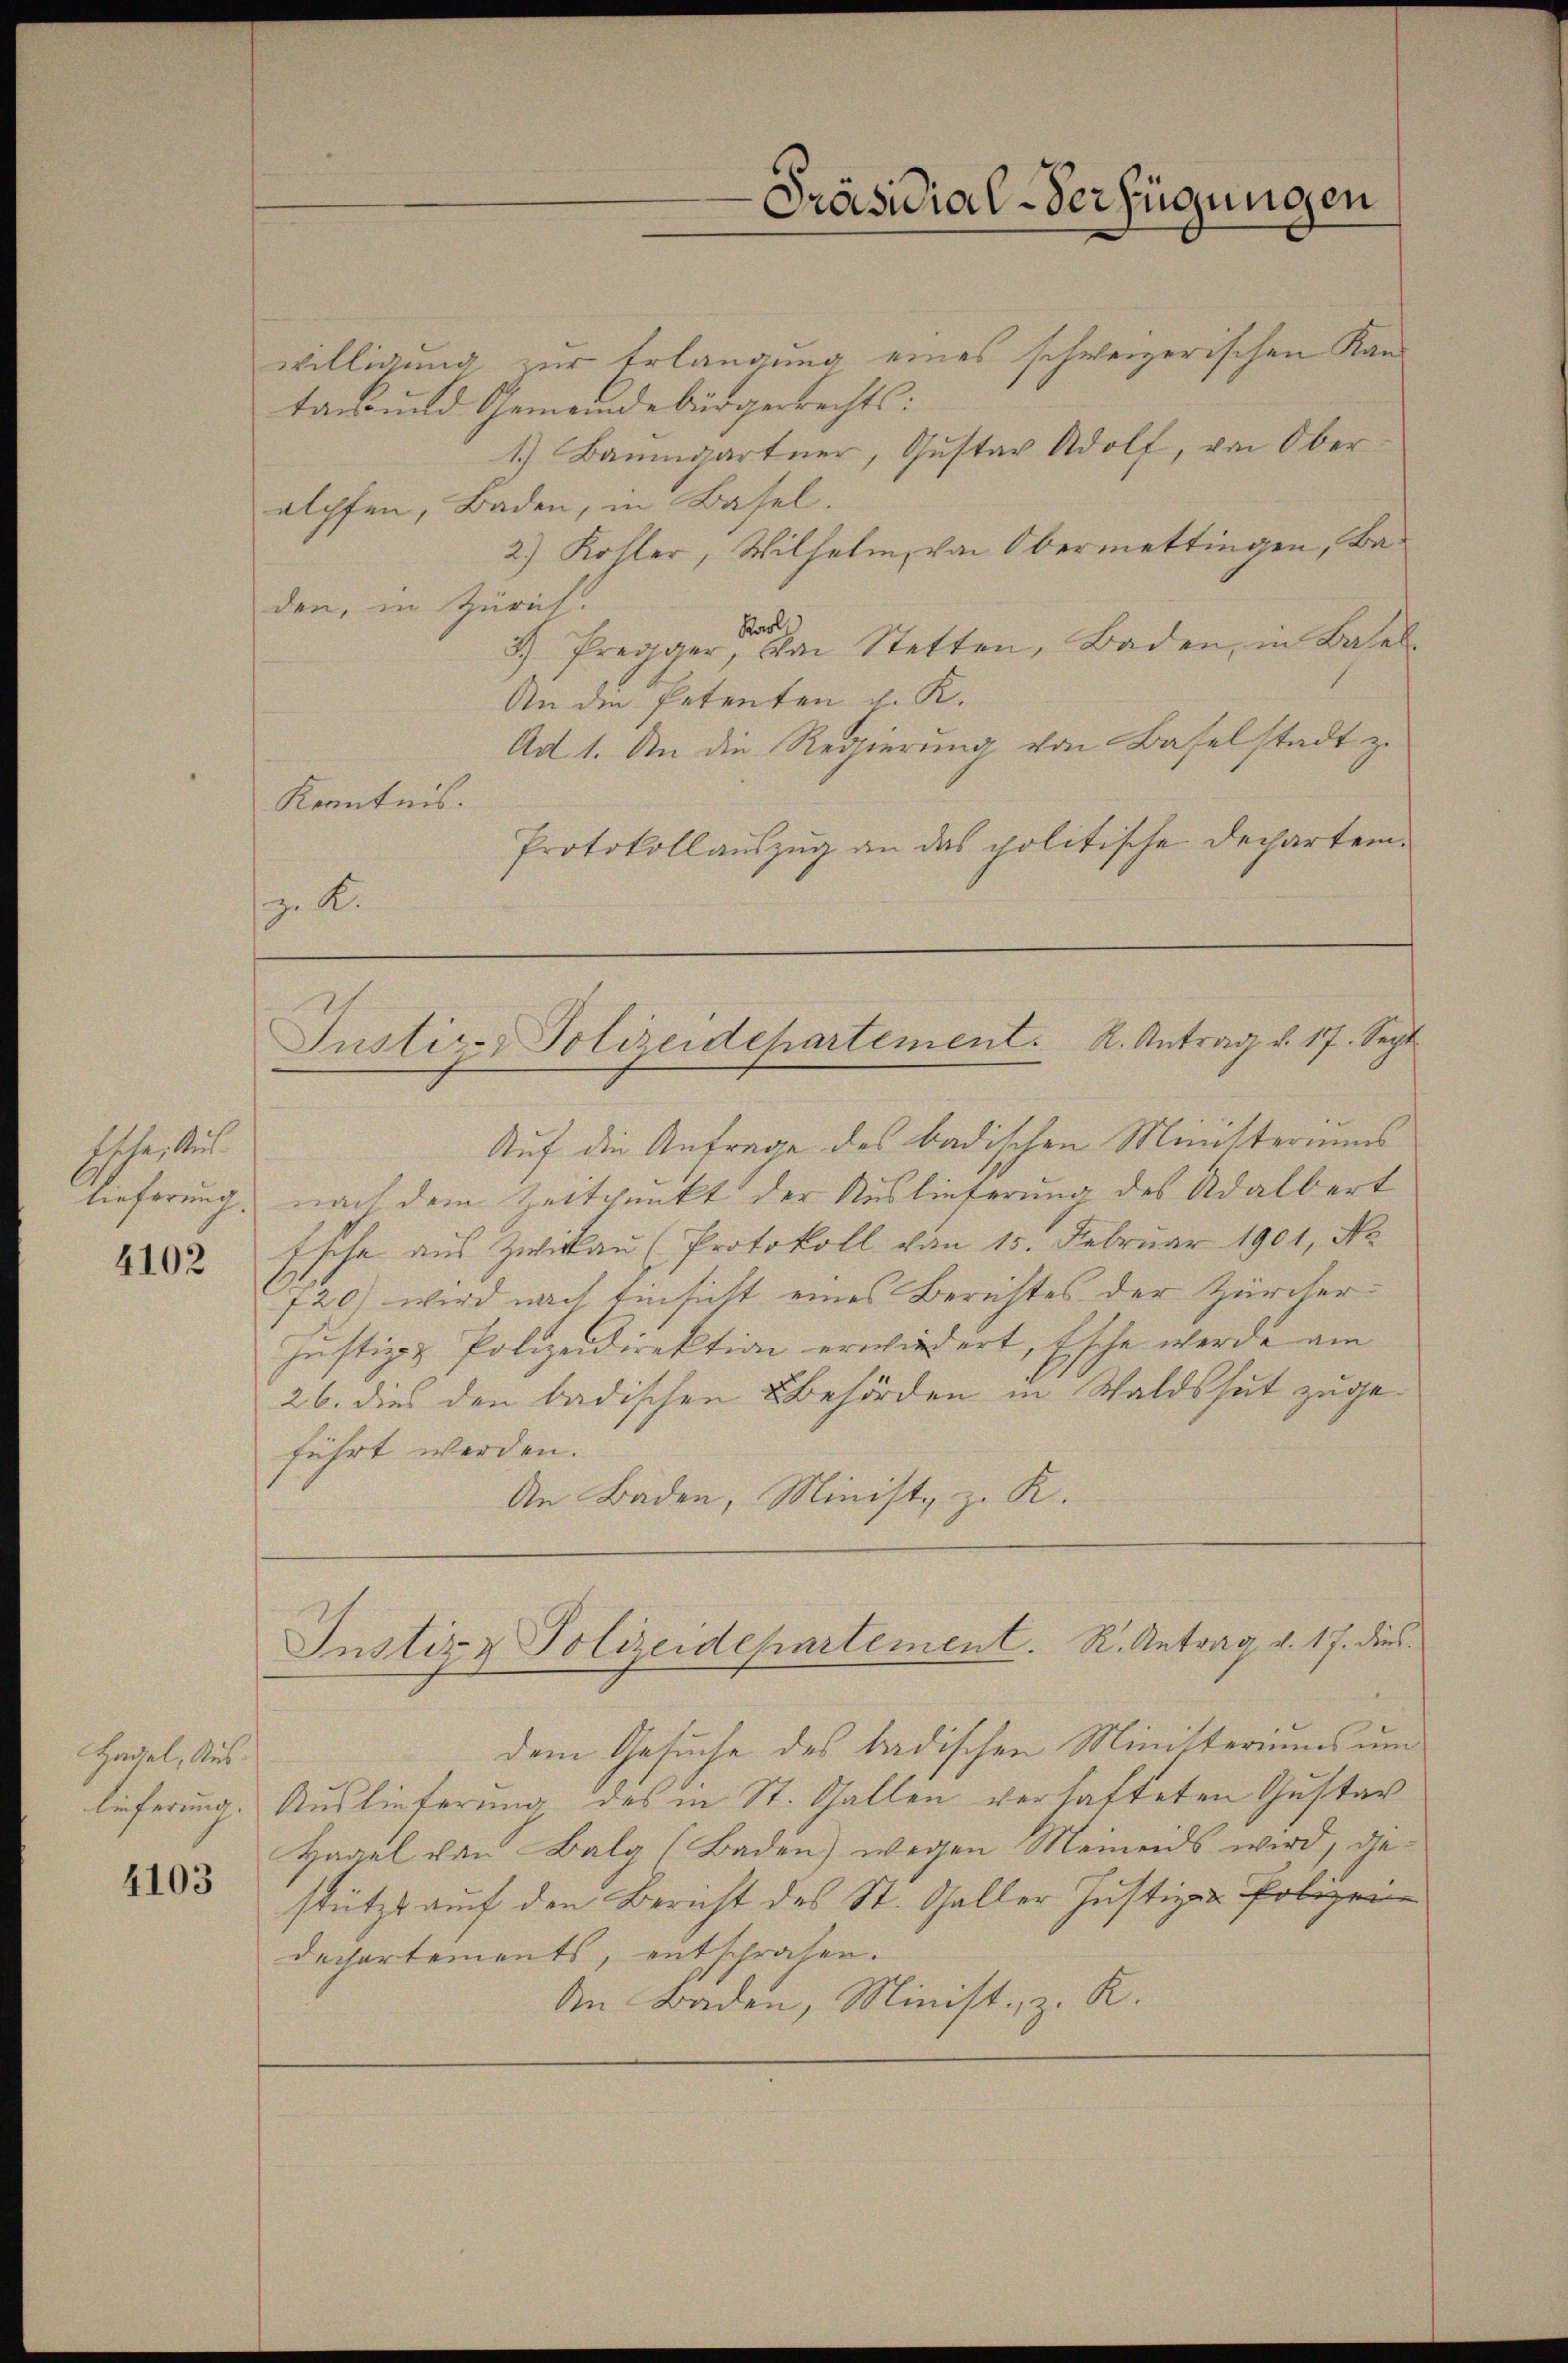
tete, Aus¬
Referung.

4102

Hadel, Aus¬

4103

willigung zur Erlangung eines schweizerischen Kantans und Gemeindebürgerrechts:
1.) Baumgartner, Gustav Adolf, von Ober
elpfen, Baden, in Basel.
2) Kohler, Wilhelm, von Obermettingen, Baden, in Zürich.
Karl
 Pregger, von Stetten, Baden, in Basel
An die Petenten d. K.
Ad 1. An die Regierung von Baselstadt zu
Kenntnis.
Protokollauszug an das politische Dechartem¬
 K.
Justiz- Polizeidepartement. R. Antrag v. 17. Sept.
Auf die Antrage des badischen Ministeriums
nach dem Zeitpunkt der Auslieferung des Adalbert
Esche aus Zwikau (Protokoll von 15. Februar 1901, No
720) wird nach Einsicht eines Berichtes der Zürcher¬
Justiz & Polizeidirektion erwiedert, Esche werde am
26. dies den badischen Behörden in Waldshut zugeführt werden.
An Baden, Minist, z. R.

Präsidial-Verfügungen

Instiz & Polizeidepartement. R. Antrag v. 17. dies

dem Gesuche des badischen Ministeriums um
lieferung. Auslieferung des in St. Gallen verhafteten Gustav
Hagel von Balg (Baden) wegen Meinends wird, ge-
stützt auf den Bericht des St. Galler Justiza- Polizei
dechartements, entschrähen.
An Baden, Minist, z. K.